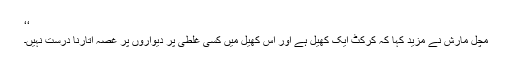
‘‘
مچل مارش نے مزید کہا کہ کرکٹ ایک کھیل ہے اور اس کھیل میں کسی غلطی پر دیواروں پر غصہ اتارنا درست نہیں۔